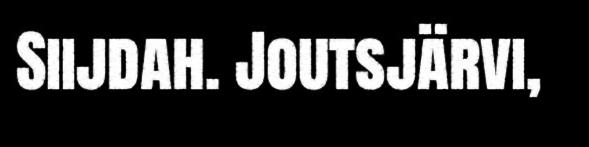
Siijdah. Joutsjärvi,